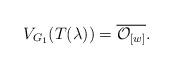
LaTeX: \begin{align*}V_{G_1}(T(\lambda)) = \overline{\mathcal{O}_{[w]}}.\end{align*}